Scottish Leaving Certificate Examination, 1954
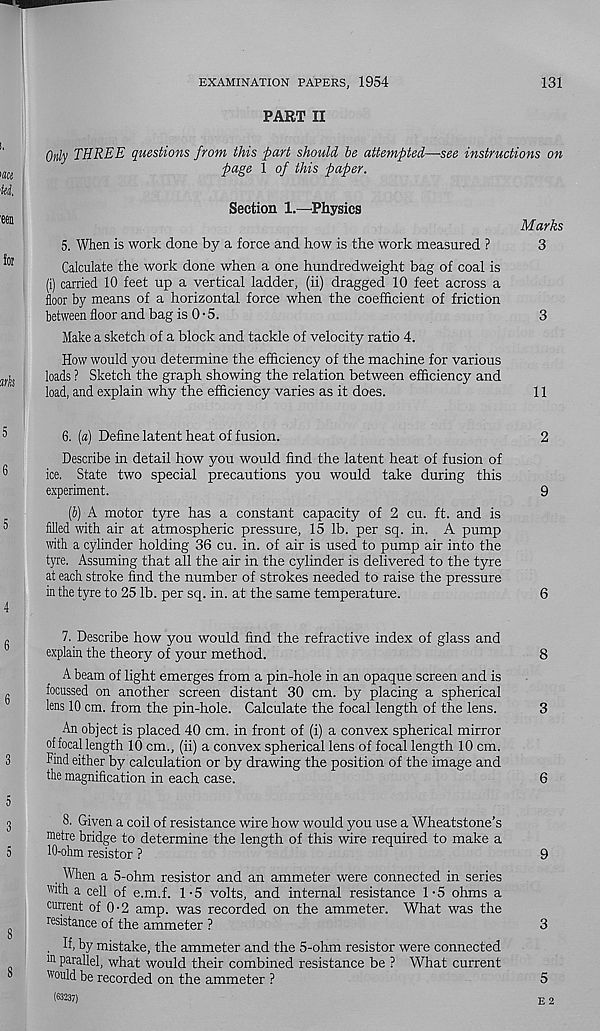
EXAMINATION PAPERS, 1954
131
PART II
Only THREE questions from this part should he attempted—see instructions on
page 1 of this paper.
Section 1.—Physics
Marks
5. When is work done by a force and how is the work measured ?
3
Calculate the work done when a one hundredweight bag of coal is
(i) carried 10 feet up a vertical ladder, (ii) dragged 10 feet across a
floor by means of a horizontal force when the coefficient of friction
between floor and bag is 0 • 5.
3
Make a sketch of a block and tackle of velocity ratio 4.
How would you determine the efficiency of the machine for various
loads ? Sketch the graph showing the relation between efficiency and
load, and explain why the efficiency varies as it does.
11
6. [a] Define latent heat of fusion.
2
Describe in detail how you would find the latent heat of fusion of
ice. State two special precautions you would take during this
experiment.
9
(6) A motor tyre has a constant capacity of 2 cu. ft. and is
filled with air at atmospheric pressure, 15 lb. per sq. in. A pump
with a cylinder holding 36 cu. in. of air is used to pump air into the
tyre. Assuming that all the air in the cylinder is delivered to the tyre
at each stroke find the number of strokes needed to raise the pressure
in the tyre to 25 lb. per sq. in. at the same temperature.
6
7. Describe how you would find the refractive index of glass and
explain the theory of your method.
8
A beam of light emerges from a pin-hole in an opaque screen and is
focussed on another screen distant 30 cm. by placing a spherical
lens 10 cm. from the pin-hole. Calculate the focal length of the lens.
3
An object is placed 40 cm. in front of (i) a convex spherical mirror
of focal length 10 cm., (ii) a convex spherical lens of focal length 10 cm.
Find either by calculation or by drawing the position of the image and
the magnification in each case.
6
8. Given a coil of resistance wire how would you use a Wheatstone’s
metre bridge to determine the length of this wire required to make a
10-ohm resistor ?
9
When a 5-ohm resistor and an ammeter were connected in series
with a cell of e.m.f. 1-5 volts, and internal resistance 1-5 ohms a
current of 0-2 amp. was recorded on the ammeter. What was the
resistance of the ammeter ?
3
. If, by mistake, the ammeter and the 5-ohm resistor were connected
m parallel, what would their combined resistance be ? What current
would be recorded on the ammeter ?
5
(63237)
E 2